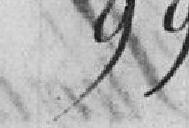
99